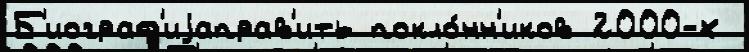
Б'иограф'иjаправ'ить покло́нн'иков 2000-х